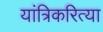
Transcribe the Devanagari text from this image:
यांत्रिकरित्या